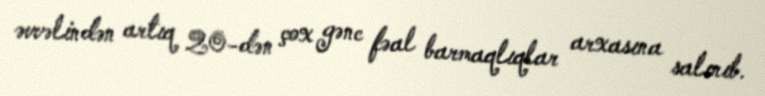
əvvəlindən artıq 20-dən çox gənc fəal barmaqlıqlar arxasına salınıb.